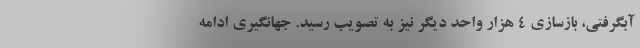
آبگرفتی، بازسازی ۴ هزار واحد دیگر نیز به تصویب رسید. جهانگیری ادامه